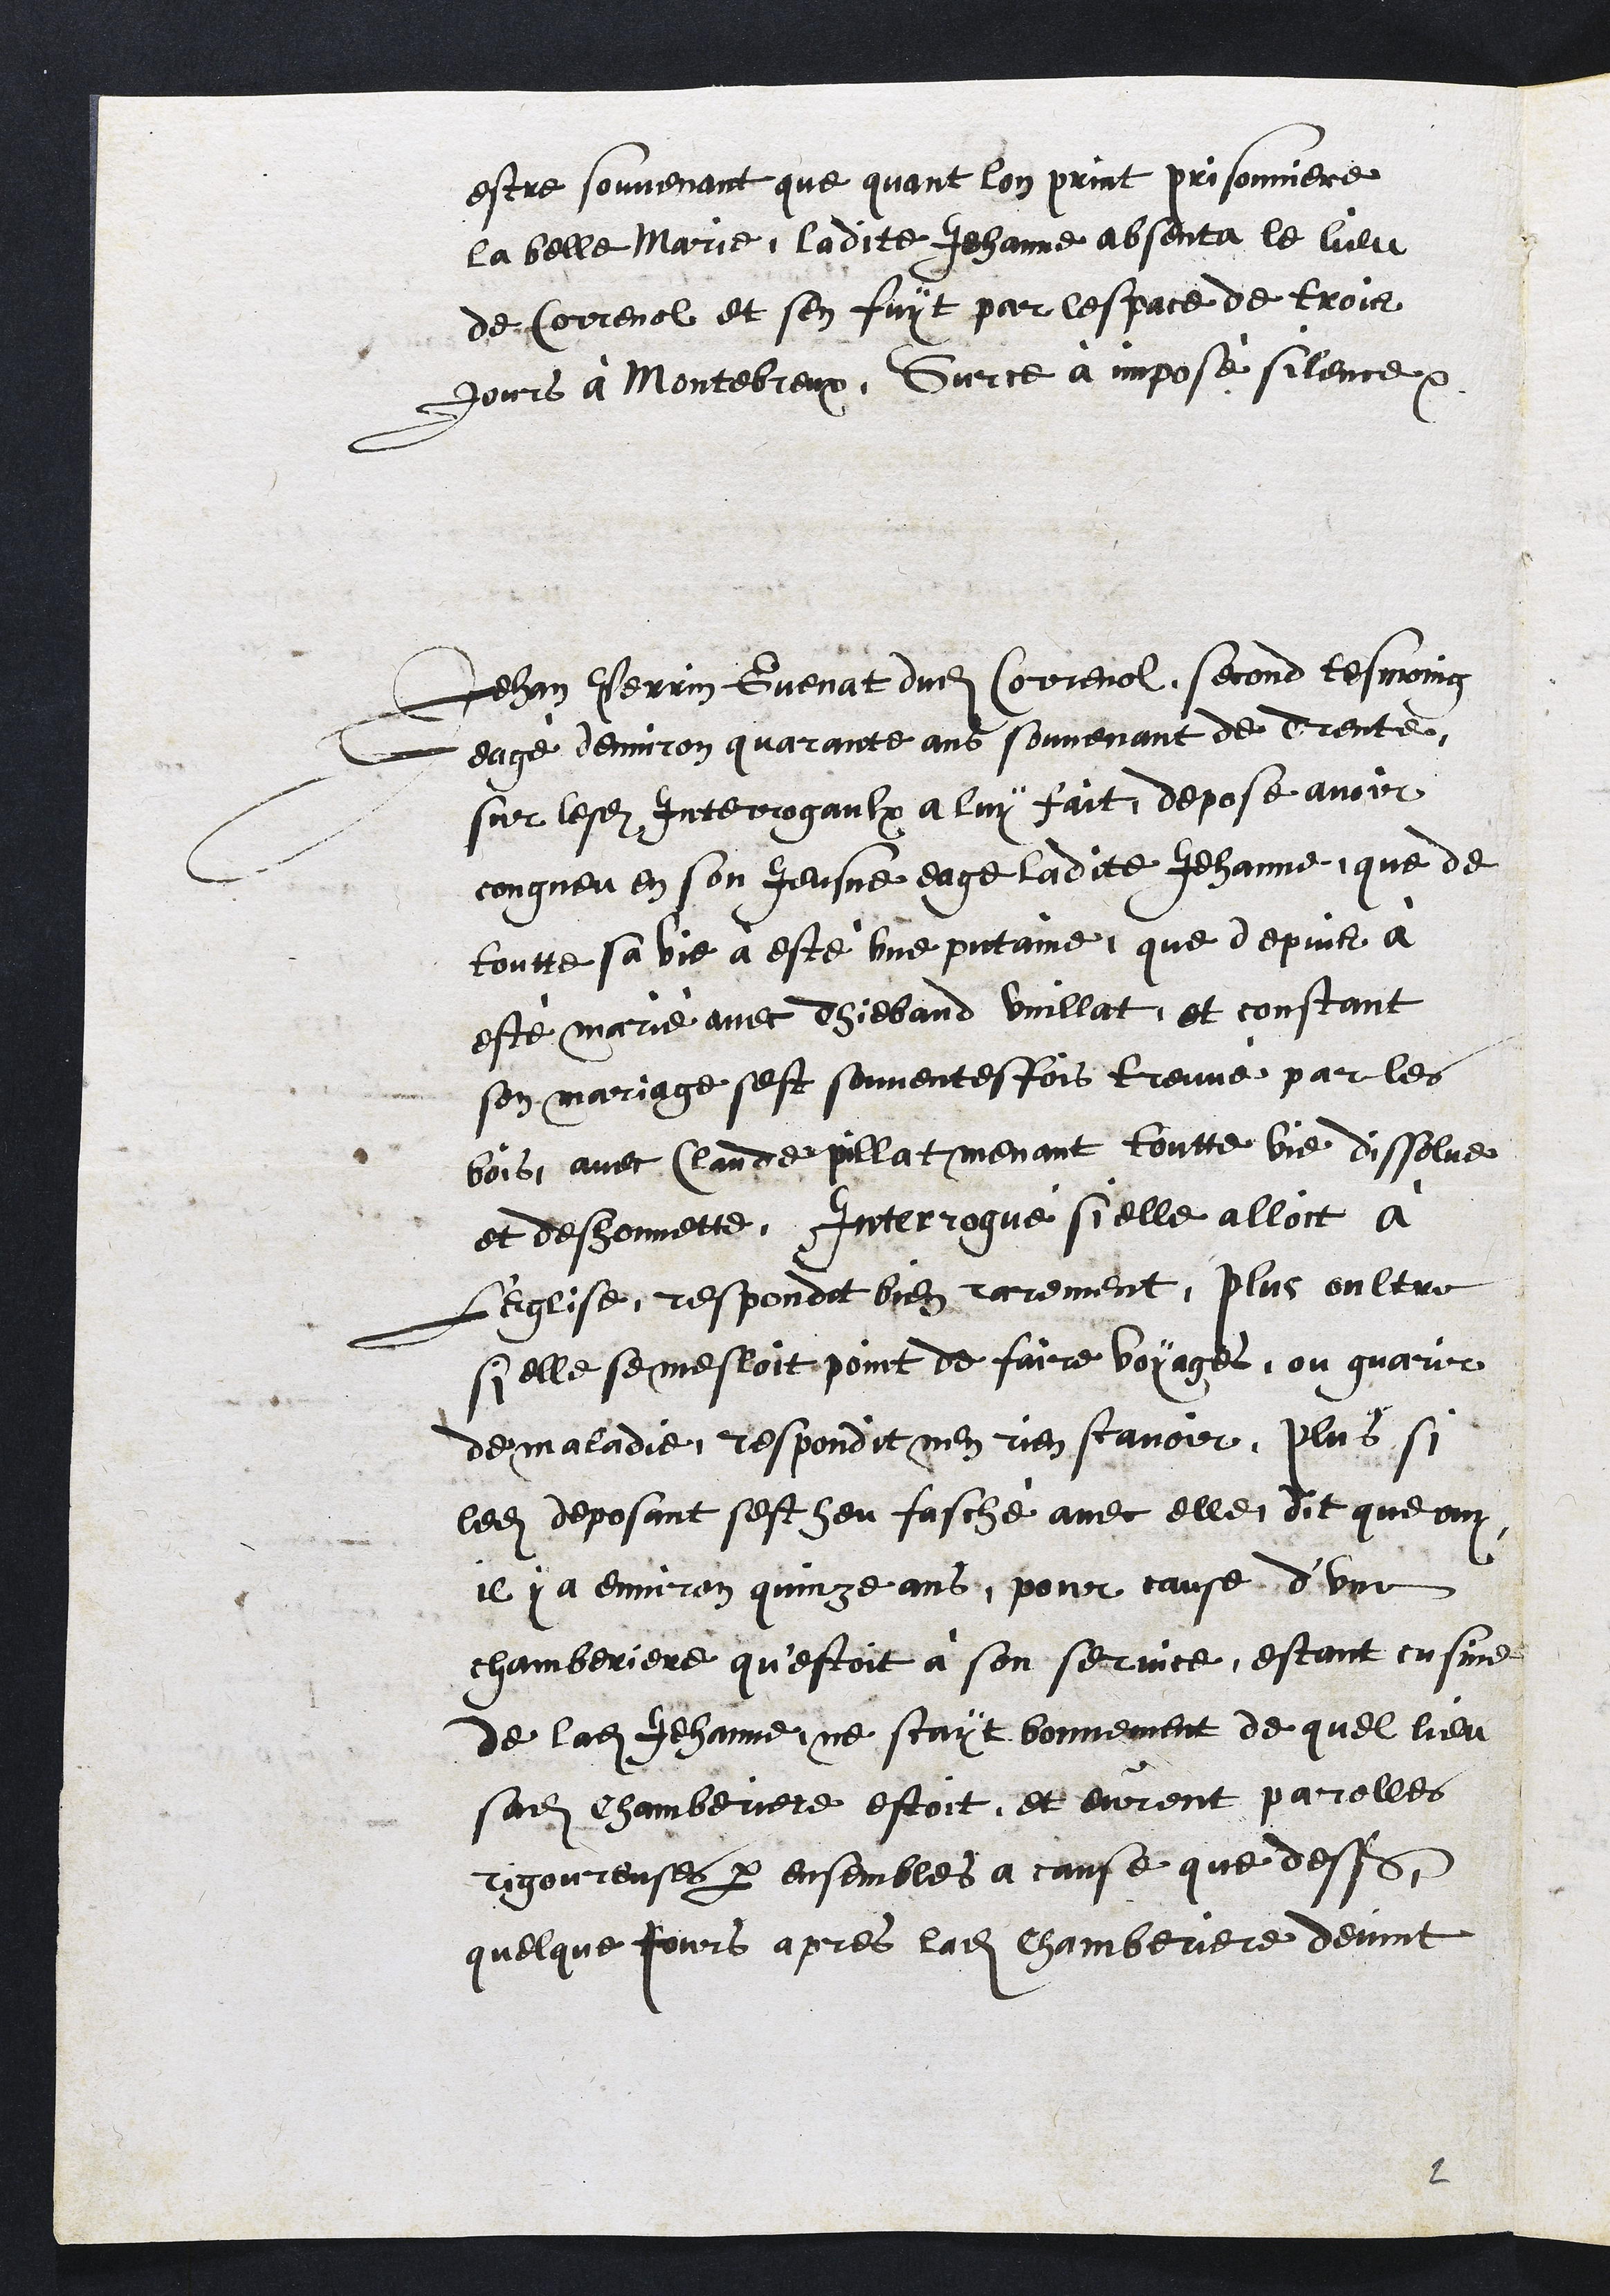
estre souvenant que quant lon print prisonniere
la belle Marie, ladite Jehanne absenta le lieu
de Correnol et sen fuyt par lespace de trois
jours a Montebreux. Sur ce à imposé silence.
Jehan Perrin Guenat dudit Correnol, second tesmoing
eagé denviron quarante ans souvenant de Trente
sur lesdites Interrogaulx a luy fait, depose avoir
congneu en son Jeusne eage ladite Jehanne que de
toutte sa vie a esté une putaine, que depuis à
esté marié avec Thiebaud vuillat, et constant
son mariage sest souventesfois treuvé par les
bois, avec Claude pillat menant toutte vie dissolue
et deshonnette. Interrogué si elle alloit a
L'Eglise, respondit bien rarement, plus oultre
si elle se mesloit point de faire voyages, ou guarir
de maladie, respondit nen rien scavoir, plus si
ledit deposant sest heu fasché avec elle, dit que ouy
il y a environ quinze ans, pour cause d'une
chamberiere qu'estoit à son service, estant cusine
de ladite Jehanne, ne scayt bonnement de quel lieu
sadite chamberiere estoit, et eurent parolles
rigoreuses par ensembles a cause que dessus
quelque jours apres ladite chamberiere devint

2